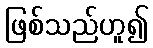
ဖြစ်သည်ဟူ၍